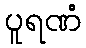
ပူရဏံ